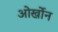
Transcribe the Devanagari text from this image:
ओर्खोन